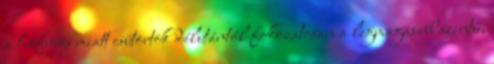
a hófúvás miatt csütörtök délutántól fokozatosan a legmagasabb szintű,